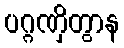
ပဂ္ဂဏှိတွာန